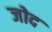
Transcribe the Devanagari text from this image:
जोद